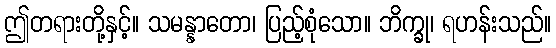
ဤတရားတို့နှင့်။ သမန္နာတော၊ ပြည့်စုံသော။ ဘိက္ခု၊ ရဟန်းသည်။